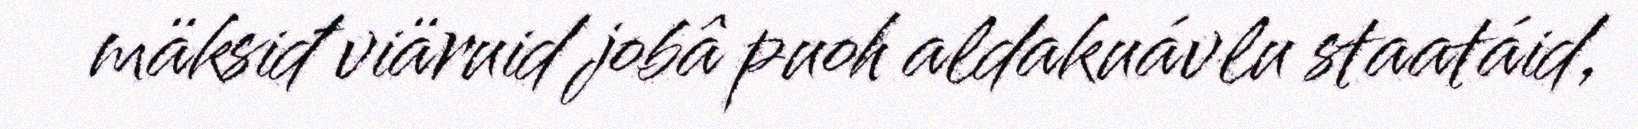
mäksiđ viäruid jobâ puoh aldakuávlu staatáid,